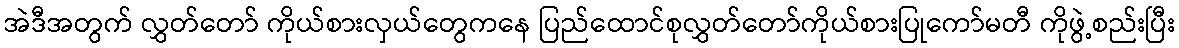
အဲဒီအတွက် လွှတ်တော် ကိုယ်စားလှယ်တွေကနေ ပြည်ထောင်စုလွှတ်တော်ကိုယ်စားပြုကော်မတီ ကိုဖွဲ့စည်းပြီး